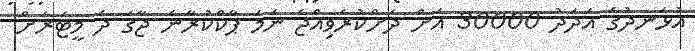
އުޅަނދުގެ އަދަދު 30000 އަށް ދަށްކުރެވިއްޖެ ނަމަ ޕާކްކުރާނެ ޖާގަ ދެ މީޓަރަށް